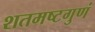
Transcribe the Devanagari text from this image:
शतमष्टगुणं